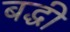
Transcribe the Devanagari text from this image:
बद्धी